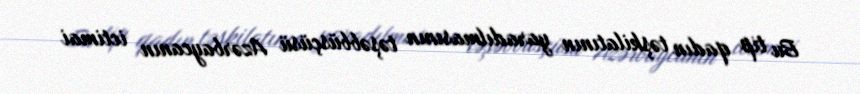
Bu tip qadın təşkilatının yaradılmasının təşəbbüsçüsü Azərbaycanın ictimai